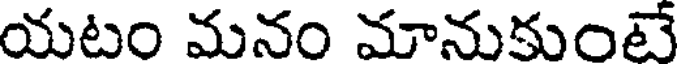
యటం మనం మానుకుంటే